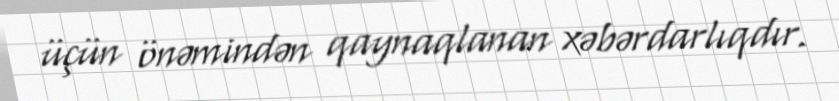
üçün önəmindən qaynaqlanan xəbərdarlıqdır.